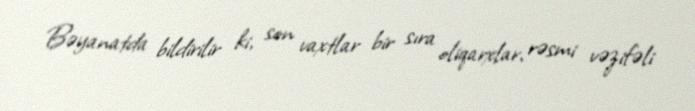
Bəyanatda bildirilir ki, son vaxtlar bir sıra oliqarxlar, rəsmi vəzifəli